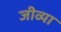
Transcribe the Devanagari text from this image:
जीव्या